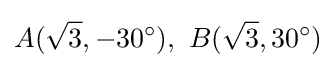
A({\sqrt {3}},-30^{\circ }),\ B({\sqrt {3}},30^{\circ })